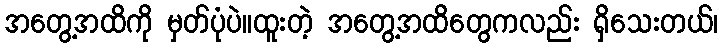
အတွေ့အထိကို မှတ်ပုံပဲ။ထူးတဲ့ အတွေ့အထိတွေကလည်း ရှိသေးတယ်၊